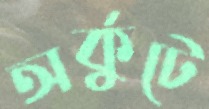
অর্কুটে